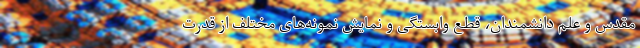
مقدس و علم دانشمندان، قطع وابستگی و نمایش نمونه‌های مختلف از قدرت